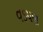
વડપણ